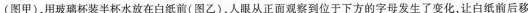
(图甲)，用玻璃杯装半杯水放在白纸前(图乙)，人眼从正面观察到位于下方的字母发生了变化，让白纸前后移